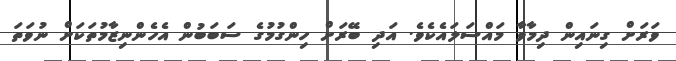
ވަރަށް ގިނައިން ދިމާވާ މައްސަލައެކެވެ. އަދި ބޭރަށް ހިންގުމުގެ ސަބަބުން އެހެންނިޒާމުތަކަށް ނުވަތަ